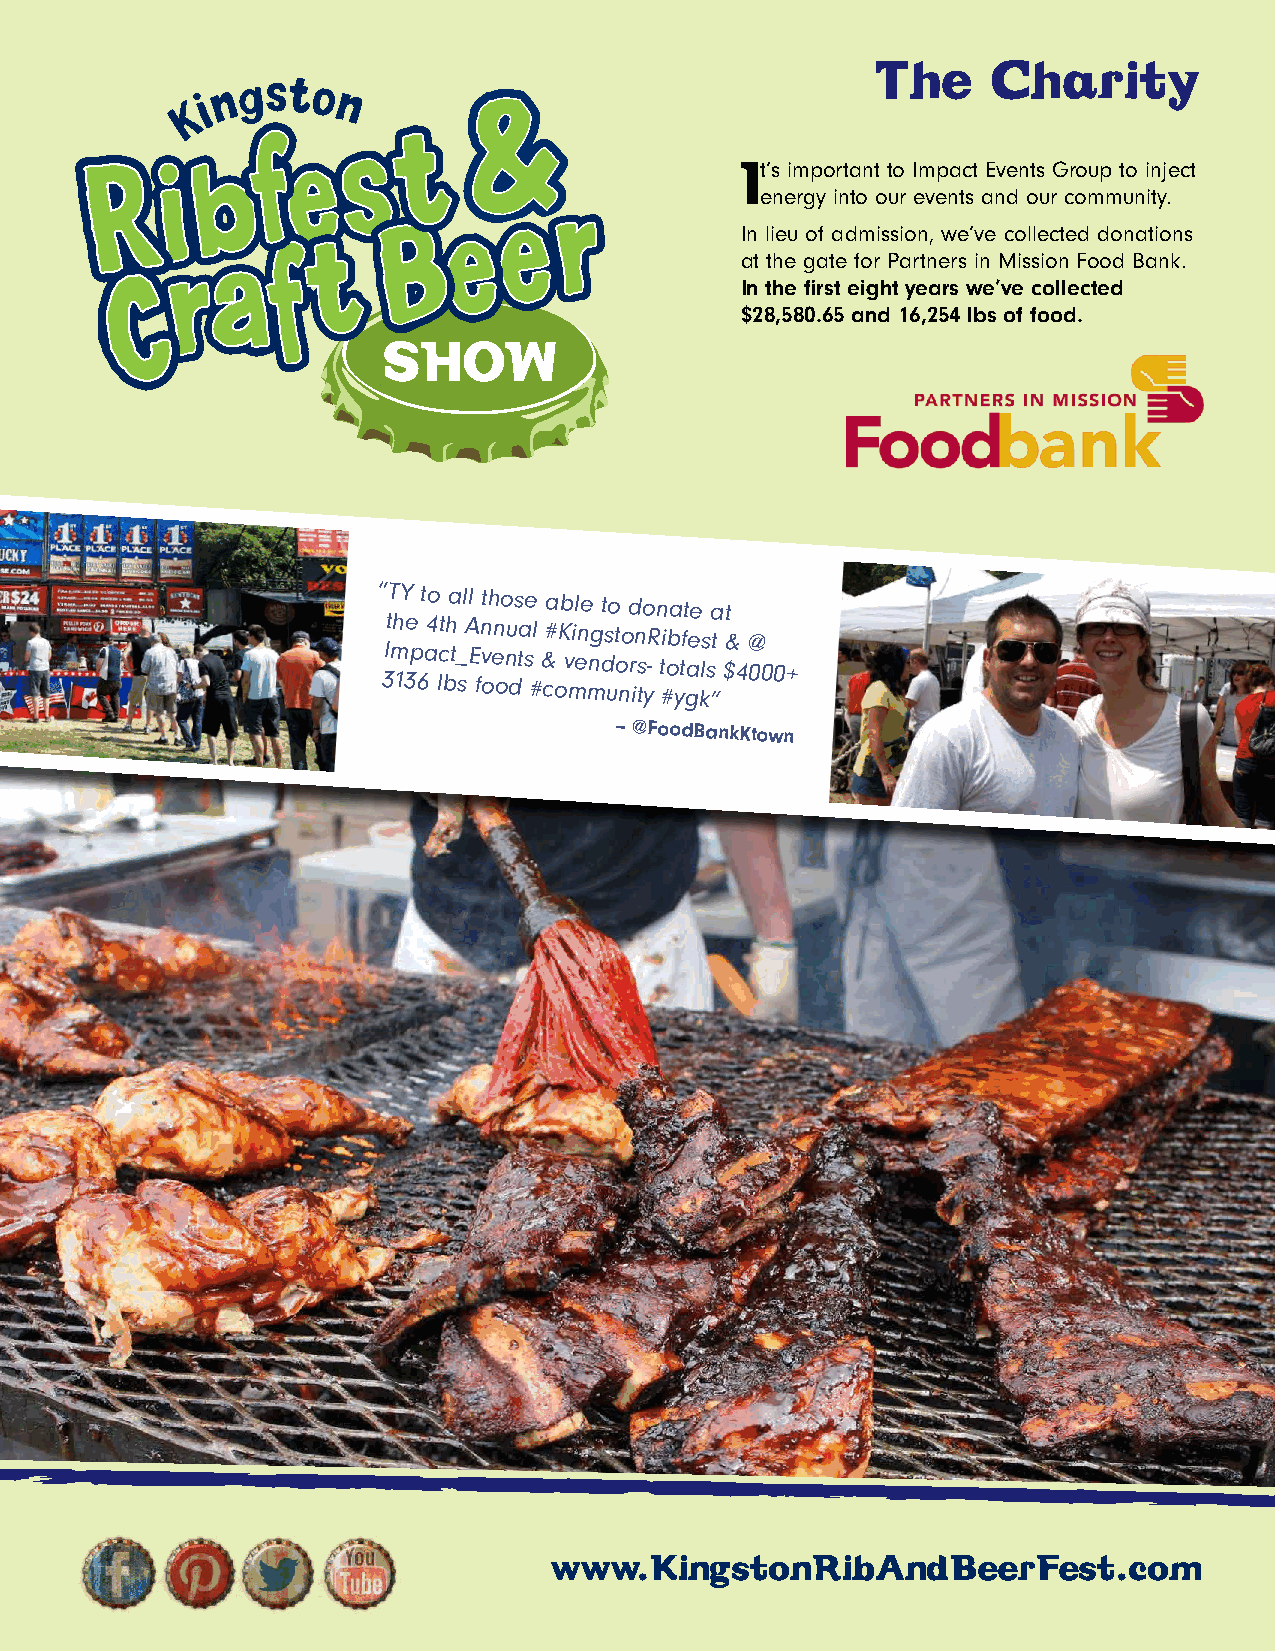
The     Charity
 It’s important to Impact Events Group to inject
 energy into our events and our community.
 In lieu of admission, we’ve collected donations
 at the gate for Partners in Mission Food Bank.
 In the first eight years we’ve collected
 $28,580.65 and 16,254 lbs of food.
 “ TY to all those able to donate at
 3It mh 13e
 p
 6
 a4 lct bh
 t_
 s
 A
 E
 fn
 v
 oen onu dta
 s
 #l
 &
 c#
 o
 K
 v
 mi en mng ds ut
 o
 no
 r
 in
 ts
 y-R ti #ob ytf gae kls
 s
 ”t $&
 4
 @
 000+
 – @FoodBankKtown
 www.KingstonRibAndBeerFest.com